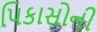
પિકાસોની